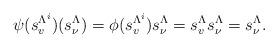
LaTeX: \begin{align*}\psi(s_v^{\Lambda^i})(s_\nu^\Lambda)=\phi(s_v^{\Lambda^i})s_\nu^\Lambda=s_v^\Lambda s_\nu^\Lambda=s_\nu^\Lambda.\end{align*}